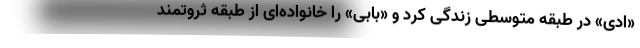
«ادی» در طبقه متوسطی زندگی کرد و «بابی» را خانواده‌ای از طبقه ثروتمند